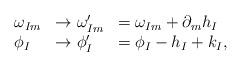
LaTeX: \begin{align*}\begin{array}{lll}\omega_{Im} &\rightarrow \omega_{Im}^{\prime } & = \omega_{Im} +\partial_{m}h_I \\\phi_I &\rightarrow \phi_I^{\prime} & =\phi_I -h_I + k_I,\end{array}\end{align*}